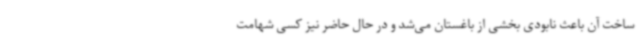
ساخت آن باعث نابودی بخشی از باغستان می‌شد و در حال حاضر نیز کسی شهامت